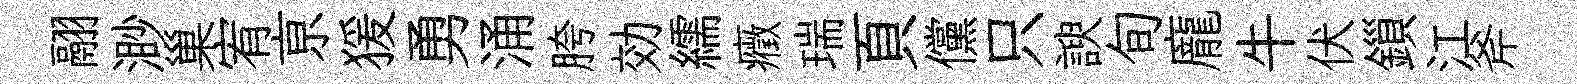
翮渺巢宥亰猨勇涌胯効繻癥瑞頁儻只諛旬龐牛伏鎻江斧